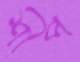
শীপ